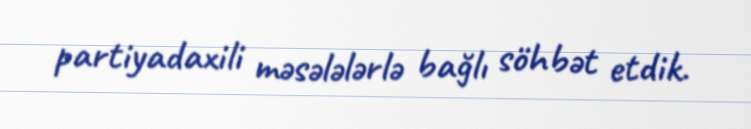
partiyadaxili məsələlərlə bağlı söhbət etdik.